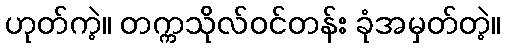
ဟုတ်ကဲ့။ တက္ကသိုလ်ဝင်တန်း ခုံအမှတ်တဲ့။